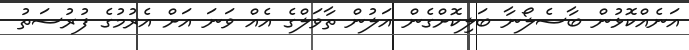
އަނެއްކޮޅުން ބާސެލޯނާ ބަލިކޮށްގެން އަލުން ތާވަލްގެ އެއް ވަނަ އަށް އެރުމުގެ ފުރުސަތު